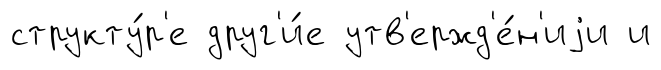
структу́р'е друг'и́е утв'ержд'е́н'иjи и